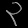
Digit: ၃